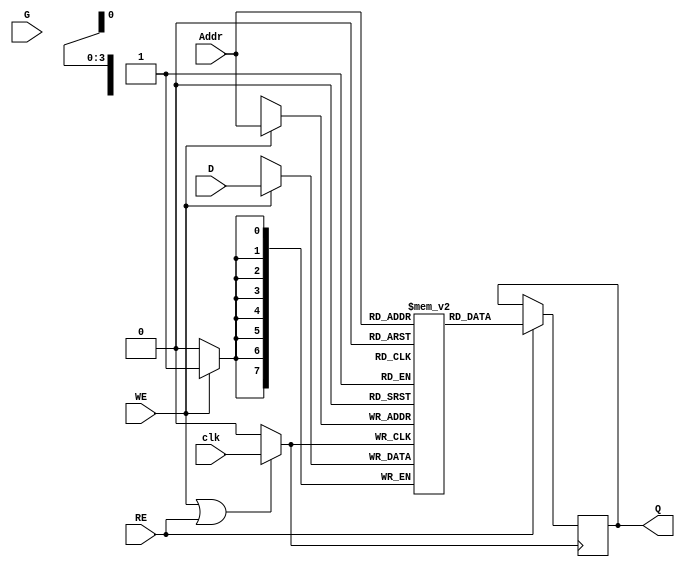
module MemoryBlock (
    input wire [7:0] D,           // Data input
    input wire [3:0] Addr,        // Address input
    input wire WE,                // Write Enable
    input wire RE,                // Read Enable
    input wire clk,               // Main clock
    input wire G,                 // Gating signal
    output reg [7:0] Q            // Data output
);

    // Memory array declaration (e.g., 16x8 SRAM)
    reg [7:0] memory_array [0:15];

    // Gated clock signal
    wire gated_clk;

    // Clock gating logic
    assign gated_clk = (WE || RE) ? clk : 1'b0;

    // Memory read/write operations
    always @(posedge gated_clk) begin
        if (WE) begin
            // Write operation
            memory_array[Addr] <= D;
        end
        if (RE) begin
            // Read operation
            Q <= memory_array[Addr];
        end
    end

endmodule